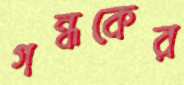
গন্ধকের